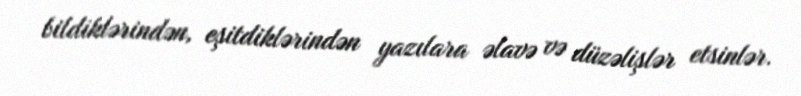
bildiklərindən, eşitdiklərindən yazılara əlavə və düzəlişlər etsinlər.